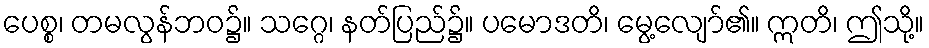
ပေစ္စ၊ တမလွန်ဘဝ၌။ သဂ္ဂေ၊ နတ်ပြည်၌။ ပမောဒတိ၊ မွေ့လျော်၏။ ဣတိ၊ ဤသို့။